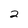
Character: 2